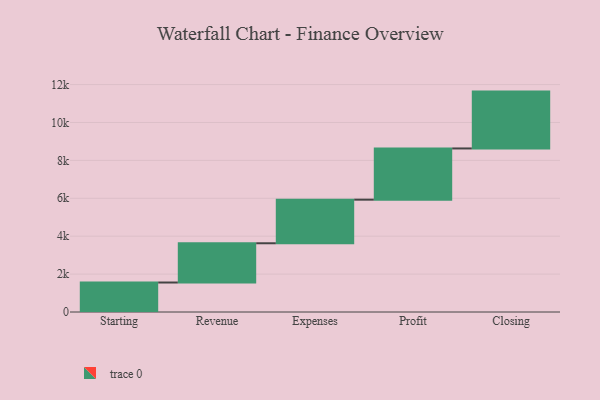
{"axis": {"x": "Step", "y": "Value"}, "legend": [""], "data": [{"x": "Starting", "y": 1556.0, "type": ""}, {"x": "Revenue", "y": 2071.0, "type": ""}, {"x": "Expenses", "y": 2301.0, "type": ""}, {"x": "Profit", "y": 2702.0, "type": ""}, {"x": "Closing", "y": 3000, "type": ""}]}